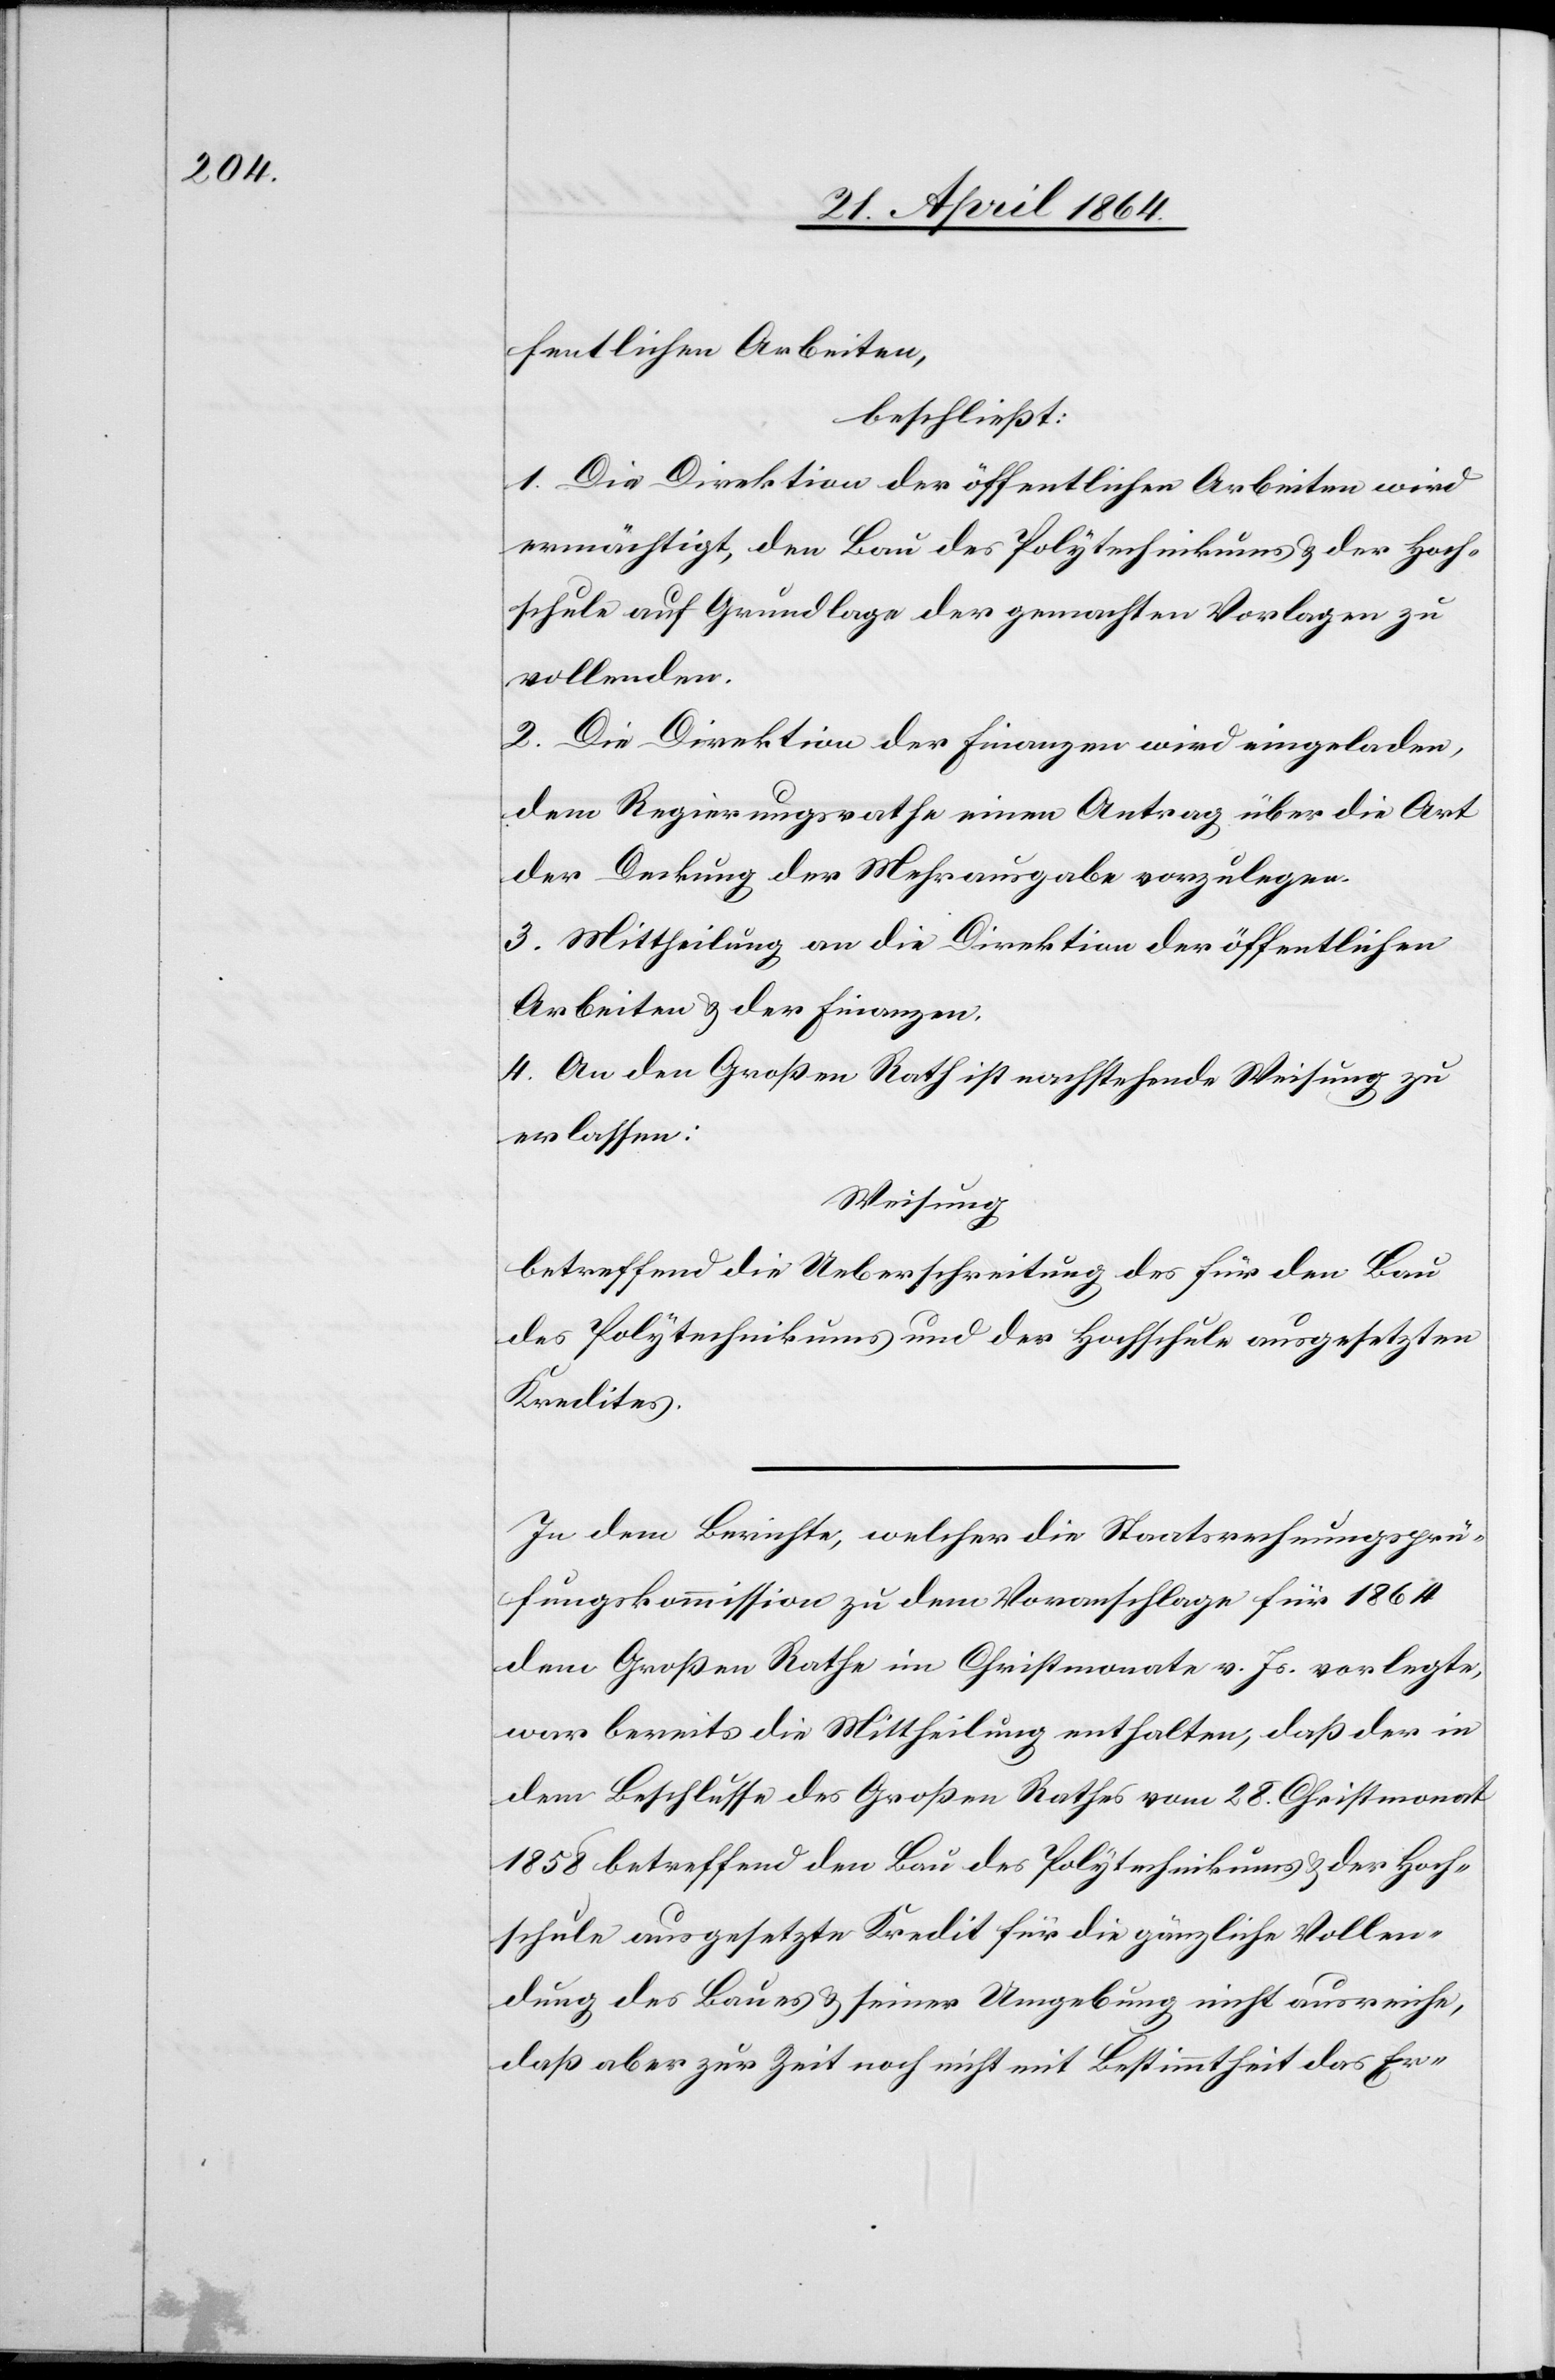
fentlichen Arbeiten,
beschließt:
1. Die Direktion der öffentlichen Arbeiten wird
ermächtigt, den Bau des Polytechnikums u. der Hoch¬
schule auf Grundlage der gemachten Vorlagen zu
vollenden.
2. Die Direktion der Finanzen wird eingeladen,
dem Regierungsrathe einen Antrag über die Art
der Deckung der Mehrausgabe vorzulegen.
3. Mittheilung an die Direktion der öffentlichen
Arbeiten u. der Finanzen.
4. An den Großen Rath ist nachstehende Weisung zu
erlassen:
Weisung
betreffend die Ueberschreitung des für den Bau
des Polytechnikums und der Hochschule ausgesetzten
Kredites.
In dem Berichte, welcher die Staatsrechnungsprü¬
fungskommission zu dem Voranschlage für 1864
dem Großen Rathe im Christmonate v. Js. vorlegte,
war bereits die Mittheilung enthalten, daß der in
dem Beschlusse des Großen Rathes vom 28. Christmonat
1858 betreffend den Bau des Polytechnikums u. der Hoch¬
schule ausgesetzte Kredit für die gänzliche Vollen¬
dung des Baues u. seiner Umgebung nicht ausreiche,
daß aber zur Zeit noch nicht mit Bestimmtheit das Er-